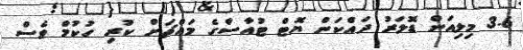
3.6 މިލިއަން ޑޮލަރު ދައްކަން ޔޮޓް ޓުއާސްގެ މައްޗަށް ކުރި ހުކުމް ވެސް